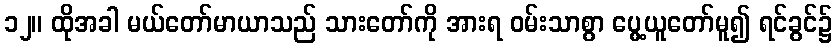
၁၂။ ထိုအခါ မယ်တော်မာယာသည် သားတော်ကို အားရ ဝမ်းသာစွာ ပွေ့ယူတော်မူ၍ ရင်ခွင်၌